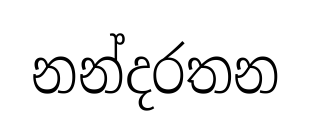
නන්දරතන